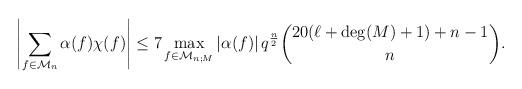
LaTeX: \begin{align*}\left| \sum_{f \in \mathcal{M}_n} \alpha(f)\chi(f) \right| \le 7\max_{f \in \mathcal{M}_{n;M}}\left|\alpha(f)\right| q^{\frac{n}{2}} \binom{20(\ell+\deg(M)+1)+n-1}{n}.\end{align*}